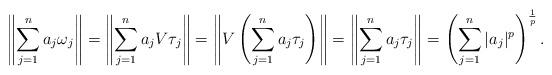
LaTeX: \begin{align*}\left\|\sum_{j=1}^na_j\omega_j \right\|=\left\|\sum_{j=1}^na_jV\tau_j \right\|=\left\|V\left(\sum_{j=1}^na_j\tau_j \right)\right\|=\left\|\sum_{j=1}^na_j\tau_j \right\|=\left(\sum_{j=1}^n|a_j|^p\right)^\frac{1}{p}.\end{align*}